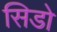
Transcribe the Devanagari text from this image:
सिडो